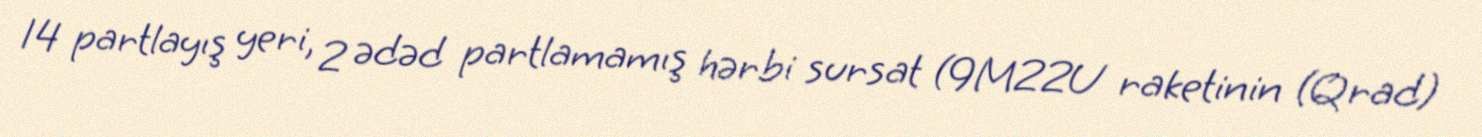
14 partlayış yeri, 2 ədəd partlamamış hərbi sursat (9M22U raketinin (Qrad)